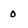
Character: 0